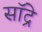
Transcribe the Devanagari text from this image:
सॉद्रे